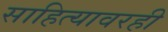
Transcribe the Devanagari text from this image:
साहित्यावरही